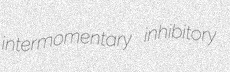
intermomentary inhibitory